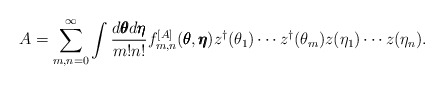
\begin{align*}A= \sum_{m,n =0}^\infty \int \frac{d\pmb{\theta}d\pmb{\eta}}{m!n!} f_{m,n}^{[A]}(\pmb{\theta},\pmb{\eta})z^\dagger(\theta_1)\cdots z^\dagger(\theta_m)z(\eta_1)\cdots z(\eta_n).\end{align*}